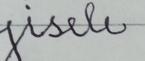
Signature authenticity: forged